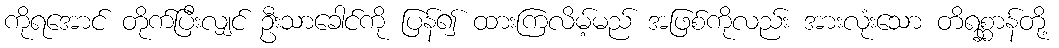
ကိုရအောင် တိုက်ပြီးလျှင် ဦးသာခေါင်ကို ပြန်၍ ထားကြလိမ့်မည် အဖြစ်ကိုလည်း အားလုံးသော တိရစ္ဆာန်တို့